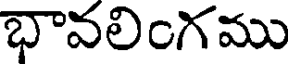
భావలింగము